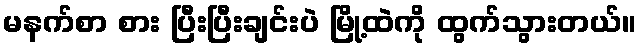
မနက်စာ စား ပြီးပြီးချင်းပဲ မြို့ထဲကို ထွက်သွားတယ်။